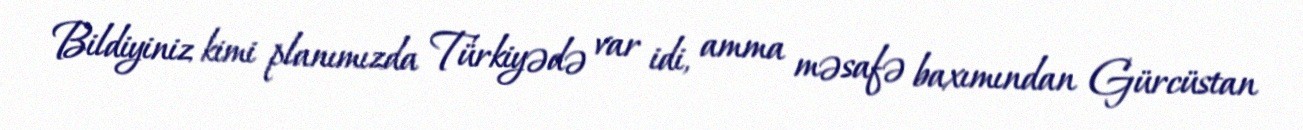
Bildiyiniz kimi planımızda Türkiyədə var idi, amma məsafə baxımından Gürcüstan